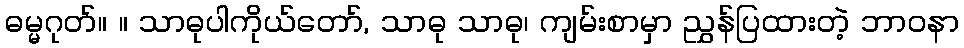
ဓမ္မဂုတ်။ ။ သာဓုပါကိုယ်တော်, သာဓု သာဓု၊ ကျမ်းစာမှာ ညွှန်ပြထားတဲ့ ဘာဝနာ